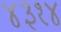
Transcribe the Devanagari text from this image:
४३१४